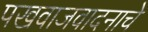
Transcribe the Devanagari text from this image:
पखवाजवादनाचे